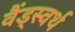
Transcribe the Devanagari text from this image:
वैंड्स्वर्थ